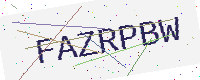
Text: FAZRPBW